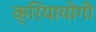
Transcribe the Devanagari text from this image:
क्रियायोगी